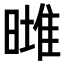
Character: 𣊌